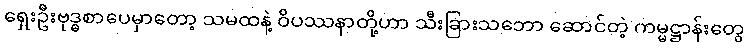
ရှေးဦးဗုဒ္ဓစာပေမှာတော့ သမထနဲ့ ဝိပဿနာတို့ဟာ သီးခြားသဘော ဆောင်တဲ့ ကမ္မဋ္ဌာန်းတွေ